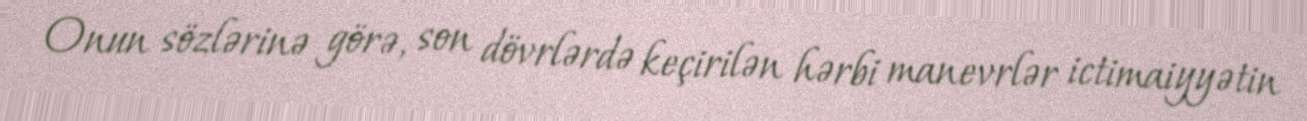
Onun sözlərinə görə, son dövrlərdə keçirilən hərbi manevrlər ictimaiyyətin